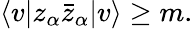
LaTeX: \langle v|z_{\alpha}\bar{z}_{\alpha}|v\rangle\geq m.